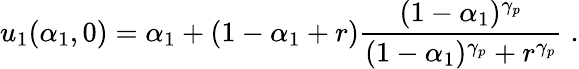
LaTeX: u_{1}(\alpha_{1},0)=\alpha_{1}+(1-\alpha_{1}+r)\frac{(1-\alpha_{1})^{\gamma_{p}}}{(1-\alpha_{1})^{\gamma_{p}}+r^{\gamma_{p}}}\; .